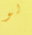
لو